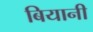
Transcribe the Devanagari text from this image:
बियानी